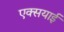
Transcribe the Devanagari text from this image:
एक्सयाई